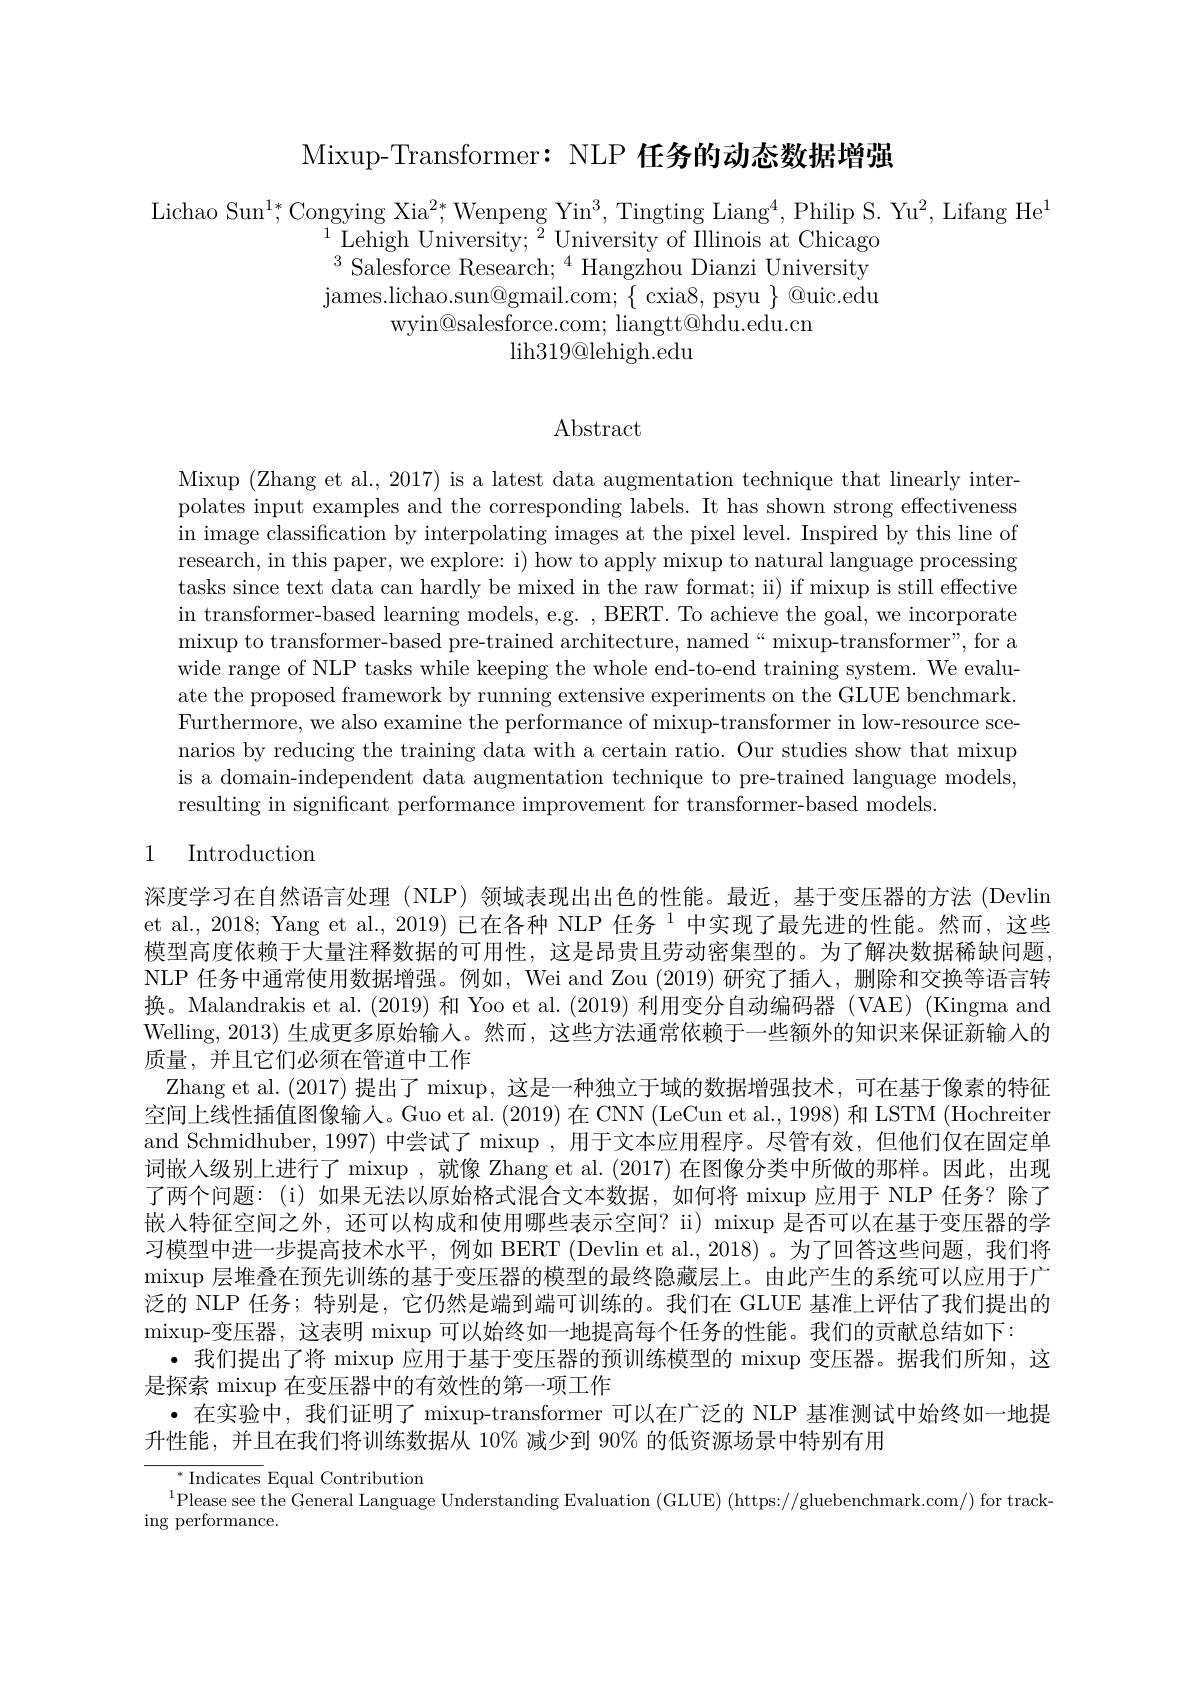
Mixup-Transformer: NLP 任务的动态数据增强

Lichao Sun$^1*,\mathrm{Congying~Xia}^{2*},\mathrm{Wenpeng~Yin}^{3},\mathrm{Tingting~Liang}^{4},\mathrm{Philip~S.~Yu}^{2}$,Lifang He$^1$
$^{1}$Lehigh University;$^2$University of IIlinois at Chicago $^{3}$Salesforce Research;$^4$Hangzhou Dianzi University ${\mathrm{james.lichao.sun@gmail.com;~\{~cxia8,~psyu~\}~@uic.edu}}$
wyin@salesforce.com; liangtt@hdu.edu.cn
lih319@ lehigh. edu

$\operatorname{Abstract}$

Mixup (Zhang et al., 2017) is a latest data augmentation technique that linearly interpolates input examples and the corresponding labels. It has shown strong effectiveness in image classification by interpolating images at the pixel level. Inspired by this line of research, in this paper, we explore: i) how to apply mixup to natural language processing tasks since text data can hardly be mixed in the raw format; ii) if mixup is still effective in transformer-based learning models, e.g. , BERT. To achieve the goal, we incorporate mixup to transformer-based pre-trained architecture, named“mixup-transformer”, for a wide range of NLP tasks while keeping the whole end-to-end training system. We evaluate the proposed framework by running extensive experiments on the GLUE benchmark Furthermore, we also examine the performance of mixup-transformer in low-resource scenarios by reducing the training data with a certain ratio. Our studies show that mixup is a domain-independent data augmentation technique to pre-trained language models, resulting in significant performance improvement for transformer-based models.

## 1 Introduction

深度学习在自然语言处理 (NLP)领域表现出出色的性能。最近，基于变压器的方法 (Devlin et al., 2018; Yang et al., 2019) 已在各种 NLP 任务 $^{1}$中实现了最先进的性能。然而，这些模型高度依赖于大量注释数据的可用性，这是昂贵且劳动密集型的。为了解决数据稀缺问题NLP 任务中通常使用数据增强。例如，Wei and Zou (2019)研究了插人，删除和交换等语言转换。Malandrakis et al. (2019)和 Yoo et al. (2019)利用变分自动编码器(VAE)(Kingma and Welling, 2013) 生成更多原始输人。然而，这些方法通常依赖于一些额外的知识来保证新输入的质量，并且它们必须在管道中工作
Zhang et al. (2017)提出了 mixup, 这是一种独立于域的数据增强技术，可在基于像素的特征空间上线性插值图像输入。Guo et al. (2019) 在 CNN (LeCun et al., 1998) 和 LSTM (Hochreiter and Schmidhuber, 1997)中尝试了 mixup ,用于文本应用程序。尽管有效，但他们仅在固定单词嵌人级别上进行了 mixup ,就像 Zhang et al. (2017) 在图像分类中所做的那样。因此，出现了两个问题：(i) 如果无法以原始格式混合文本数据，如何将 mixup 应用于 NLP 任务？除了嵌入特征空间之外，还可以构成和使用哪些表示空间？ii) mixup 是否可以在基于变压器的学习模型中进一步提高技术水平，例如 BERT (Devlin et al., 2018) 。为了回答这些问题，我们将$\operatorname*{mixup}$层堆叠在预先训练的基于变压器的模型的最终隐藏层上。由此产生的系统可以应用于广泛的 NLP 任务；特别是，它仍然是端到端可训练的。我们在 GLUE 基准上评估了我们提出的mixup-变压器，这表明 mixup 可以始终如一地提高每个任务的性能。我们的贡献总结如下：
·我们提出了将 mixup 应用于基于变压器的预训练模型的 mixup 变压器。据我们所知，这
是探索 mixup 在变压器中的有效性的第一项工作
·在实验中，我们证明了 mixup-transformer 可以在广泛的 NLP 基准测试中始终如一地提
升性能，并且在我们将训练数据从 10% 减少到 90% 的低资源场景中特别有用
$^*$Indicates Equal Contribution
$^{1}\underset{c}{\operatorname*{\text{Please see the General Language Understanding Evaluation (GLUE) (https://gluebenchmark.com/) for track-}}}_{c}$
ing performance.